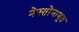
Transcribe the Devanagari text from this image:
नेस्तोनाबूत